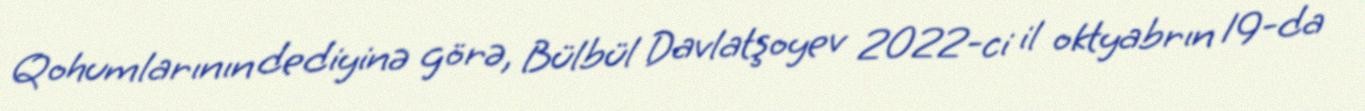
Qohumlarının dediyinə görə, Bülbül Davlatşoyev 2022-ci il oktyabrın 19-da